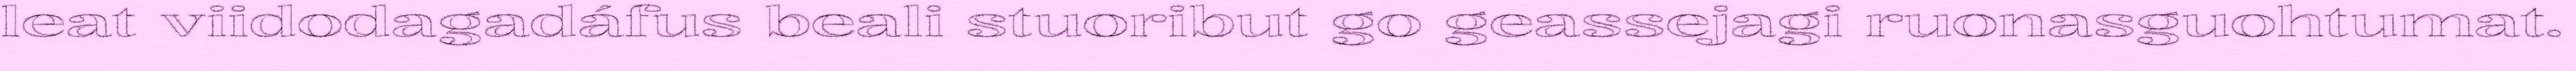
leat viidodagadáfus beali stuoribut go geassejagi ruonasguohtumat.